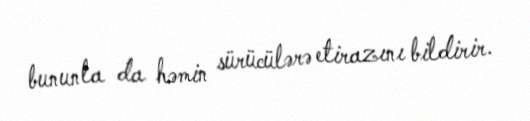
bununla da həmin sürücülərə etirazını bildirir.